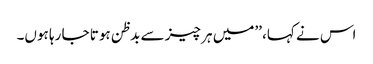
اس نے کہا، ’’میں ہر چیز سے بدظن ہوتا جا رہا ہوں۔